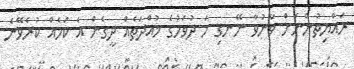
ރައްޔިތުންނަށް ވާނުވާ ނޭނގި ހަ ދުވަހުގެ މުއްދަތެއް ދީގެން އެ ކަމެއް ކުރެވޭނެ